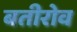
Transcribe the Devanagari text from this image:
बतीरोव